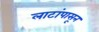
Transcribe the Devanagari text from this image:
लाटांपासून